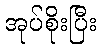
အုပ်စိုးပြီး